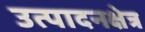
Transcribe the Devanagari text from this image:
उत्पादनक्षेत्र